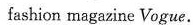
fashion magazine Vogue.